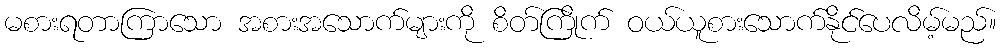
မစားရတာကြာသော အစားအသောက်များကို စိတ်ကြိုက် ဝယ်ယူစားသောက်နိုင်ပေလိမ့်မည်။